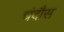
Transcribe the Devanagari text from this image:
चंदौस